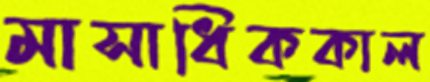
মাসাধিককাল